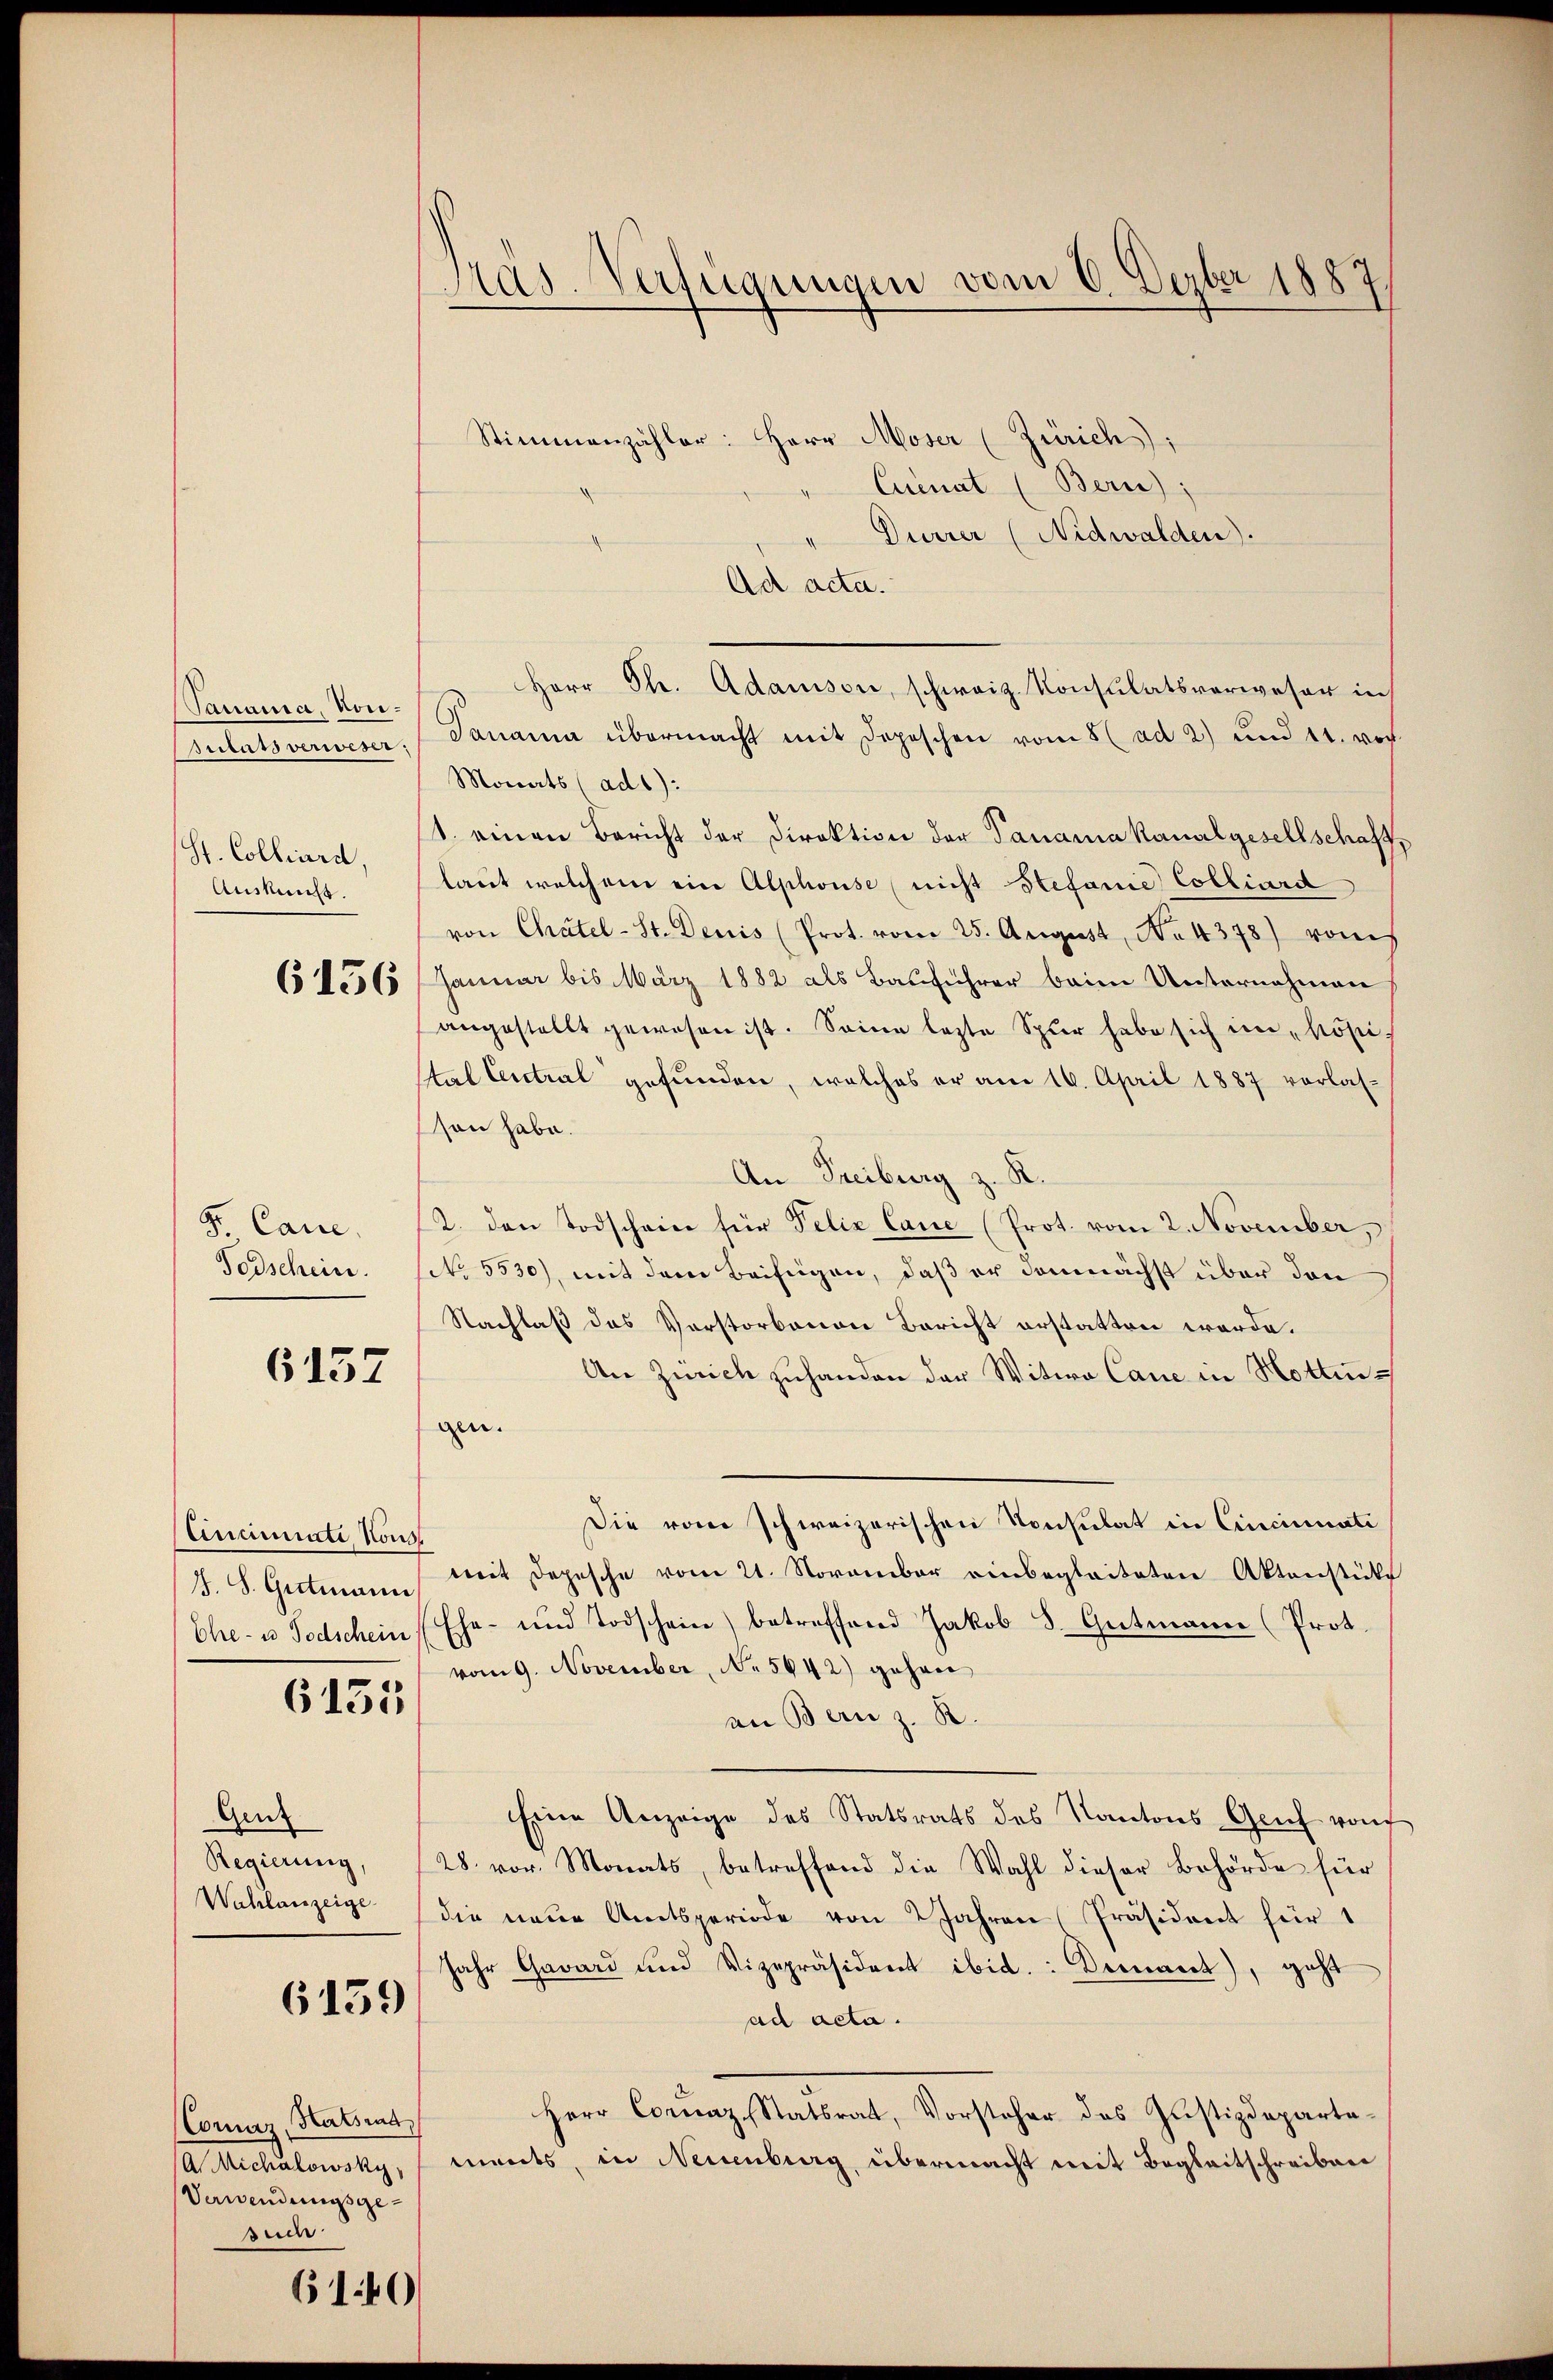
Panania, Konontars verweser
St. Colliard
Auskunft.

6156

Sr. Cane.
Todschein.

6157

Cincinati, Kons
J. S. Gutmann
Ehe- u Todschein

6135

Genz
Regierung,
Wahlanzeige

6139

Corniz, Hatsins,
A Michalowsky,
Verwendungsgesuch

610

Pras-Verfügungen vom 6. Dezber 1887

Stimmenzähler: Herr Moser (Zürich);
Cuenat (Bern);
Dürrer (Nidwalden).
Ad acta.
Herr Th. Adamson, schweiz. Konsulatsverweser in
Danama übermacht mit Depeschen vom 8 (ad 2) und 11. vor.
Monats (adt):
1. einen Bericht der Direktion der Panaria Kanalgesellschaft,
lart welchem ein Alphouse (nicht Stefanie Colliard
von Chätel-St. Denis (Prot. vom 25. August, No 4378) vom
Januar bis März 1882 als Bauführer beim Unternehmen
angestellt gewesen ist. Seine lezte Spur habe sich im "hösii
tal Central gefunden, welches er am 16. April 1887 verlas-
sson habe.
An Freiburg z. R.
2. den Todschein für Felix laue (Prot. vom 2. November,
No 5530), mit dem Beifügen, daß er danächst über den
Nachlaß das Vorstorbenen Bericht erstatten worde.
An Zürich zuhanden der Witwe Canc in Hottingen.
Die vom schweizerischen Konsulat in Cincinati
mit Depesche vom 21. November einbegleiteten Aktenstücke
Ehe- und Todschein) betreffend Jakob S. Gutmann (Prot.
vom 9. November, N. 5642) gehen
an Bern z. B.
Eine Anzeige des Statsrats des Kantons Genf von
28. vor. Monats, betreffend die Wahl dieser Behörde für
die neue Amtsperiode von 2 Jahren Präsident für 1
Jahr Gavard und Vizepräsident ibid.: Demnach), geht
ad acta.
Herr Cornaz, Statsrat, Vorsteher des Justizdepartaments, in Neuenburg übermacht mit Begleitschreiben